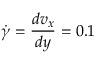
\dot { \gamma } = \frac { d v _ { x } } { d y } = 0 . 1